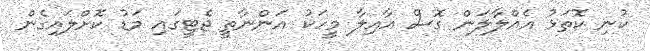
ކުނި ކޮތަޅު އެއްލާލަން ގޮސް އާއިލާ މީހަކު އަންނާތީ ޖެޓީގައި މަޑު ކޮށްލައިގެން